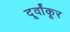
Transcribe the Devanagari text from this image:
दूर्वांकूर